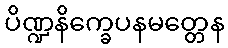
ပိဏ္ဍနိက္ခေပနမတ္တေန